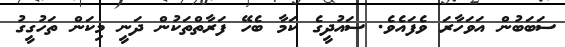
ސަބަބުން އަވަހާރަ ވެފައެވެ. ސައުދީގެ ކަމާ ބެހޭ ފަރާތްތަކުން ދަނީ މިކަން ތަހުގީގު